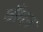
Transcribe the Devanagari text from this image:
बाँमन